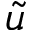
\tilde { u }